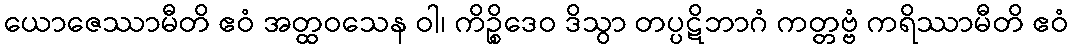
ယောဇေဿာမီတိ ဧဝံ အတ္ထဝသေန ဝါ၊ ကိဉ္စိဒေဝ ဒိသွာ တပ္ပဋိဘာဂံ ကတ္တဗ္ဗံ ကရိဿာမီတိ ဧဝံ